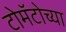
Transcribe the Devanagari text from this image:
टोमॅटोच्या